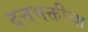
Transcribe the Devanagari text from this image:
दत्तभक्तीचा